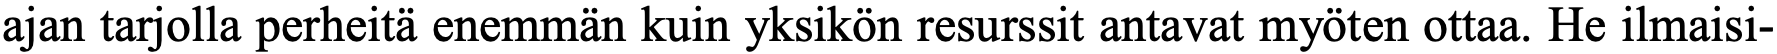
ajan tarjolla perheitä enemmän kuin yksikön resurssit antavat myöten ottaa. He ilmaisi-